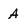
Character: A